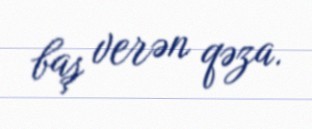
baş verən qəza.